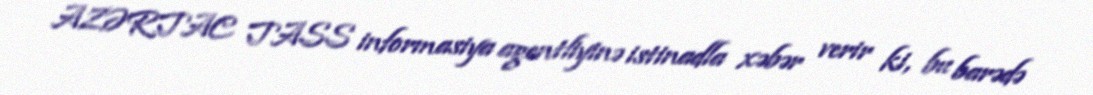
AZƏRTAC TASS informasiya agentliyinə istinadla xəbər verir ki, bu barədə